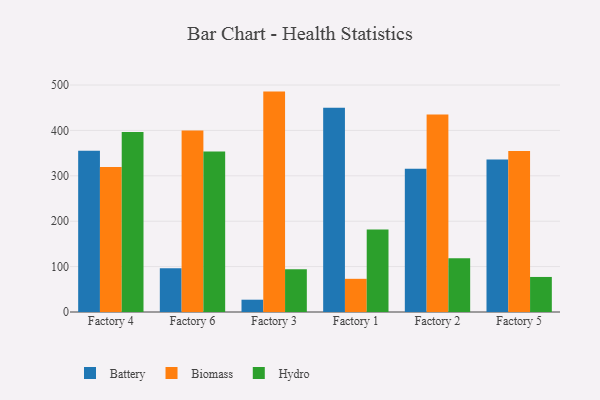
{"axis": {"x": "Factory", "y": "Active Users"}, "legend": ["Battery", "Biomass", "Hydro"], "data": [{"x": "Factory 4", "y": 355.0, "type": "Battery"}, {"x": "Factory 4", "y": 319.4, "type": "Biomass"}, {"x": "Factory 4", "y": 396.5, "type": "Hydro"}, {"x": "Factory 6", "y": 96.4, "type": "Battery"}, {"x": "Factory 6", "y": 399.7, "type": "Biomass"}, {"x": "Factory 6", "y": 353.6, "type": "Hydro"}, {"x": "Factory 3", "y": 27.1, "type": "Battery"}, {"x": "Factory 3", "y": 485.5, "type": "Biomass"}, {"x": "Factory 3", "y": 94.4, "type": "Hydro"}, {"x": "Factory 1", "y": 450.1, "type": "Battery"}, {"x": "Factory 1", "y": 73.1, "type": "Biomass"}, {"x": "Factory 1", "y": 181.5, "type": "Hydro"}, {"x": "Factory 2", "y": 315.6, "type": "Battery"}, {"x": "Factory 2", "y": 434.8, "type": "Biomass"}, {"x": "Factory 2", "y": 118.5, "type": "Hydro"}, {"x": "Factory 5", "y": 336.2, "type": "Battery"}, {"x": "Factory 5", "y": 354.8, "type": "Biomass"}, {"x": "Factory 5", "y": 77.2, "type": "Hydro"}]}